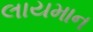
લાયમાન